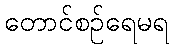
တောင်စဉ်ရေမရ